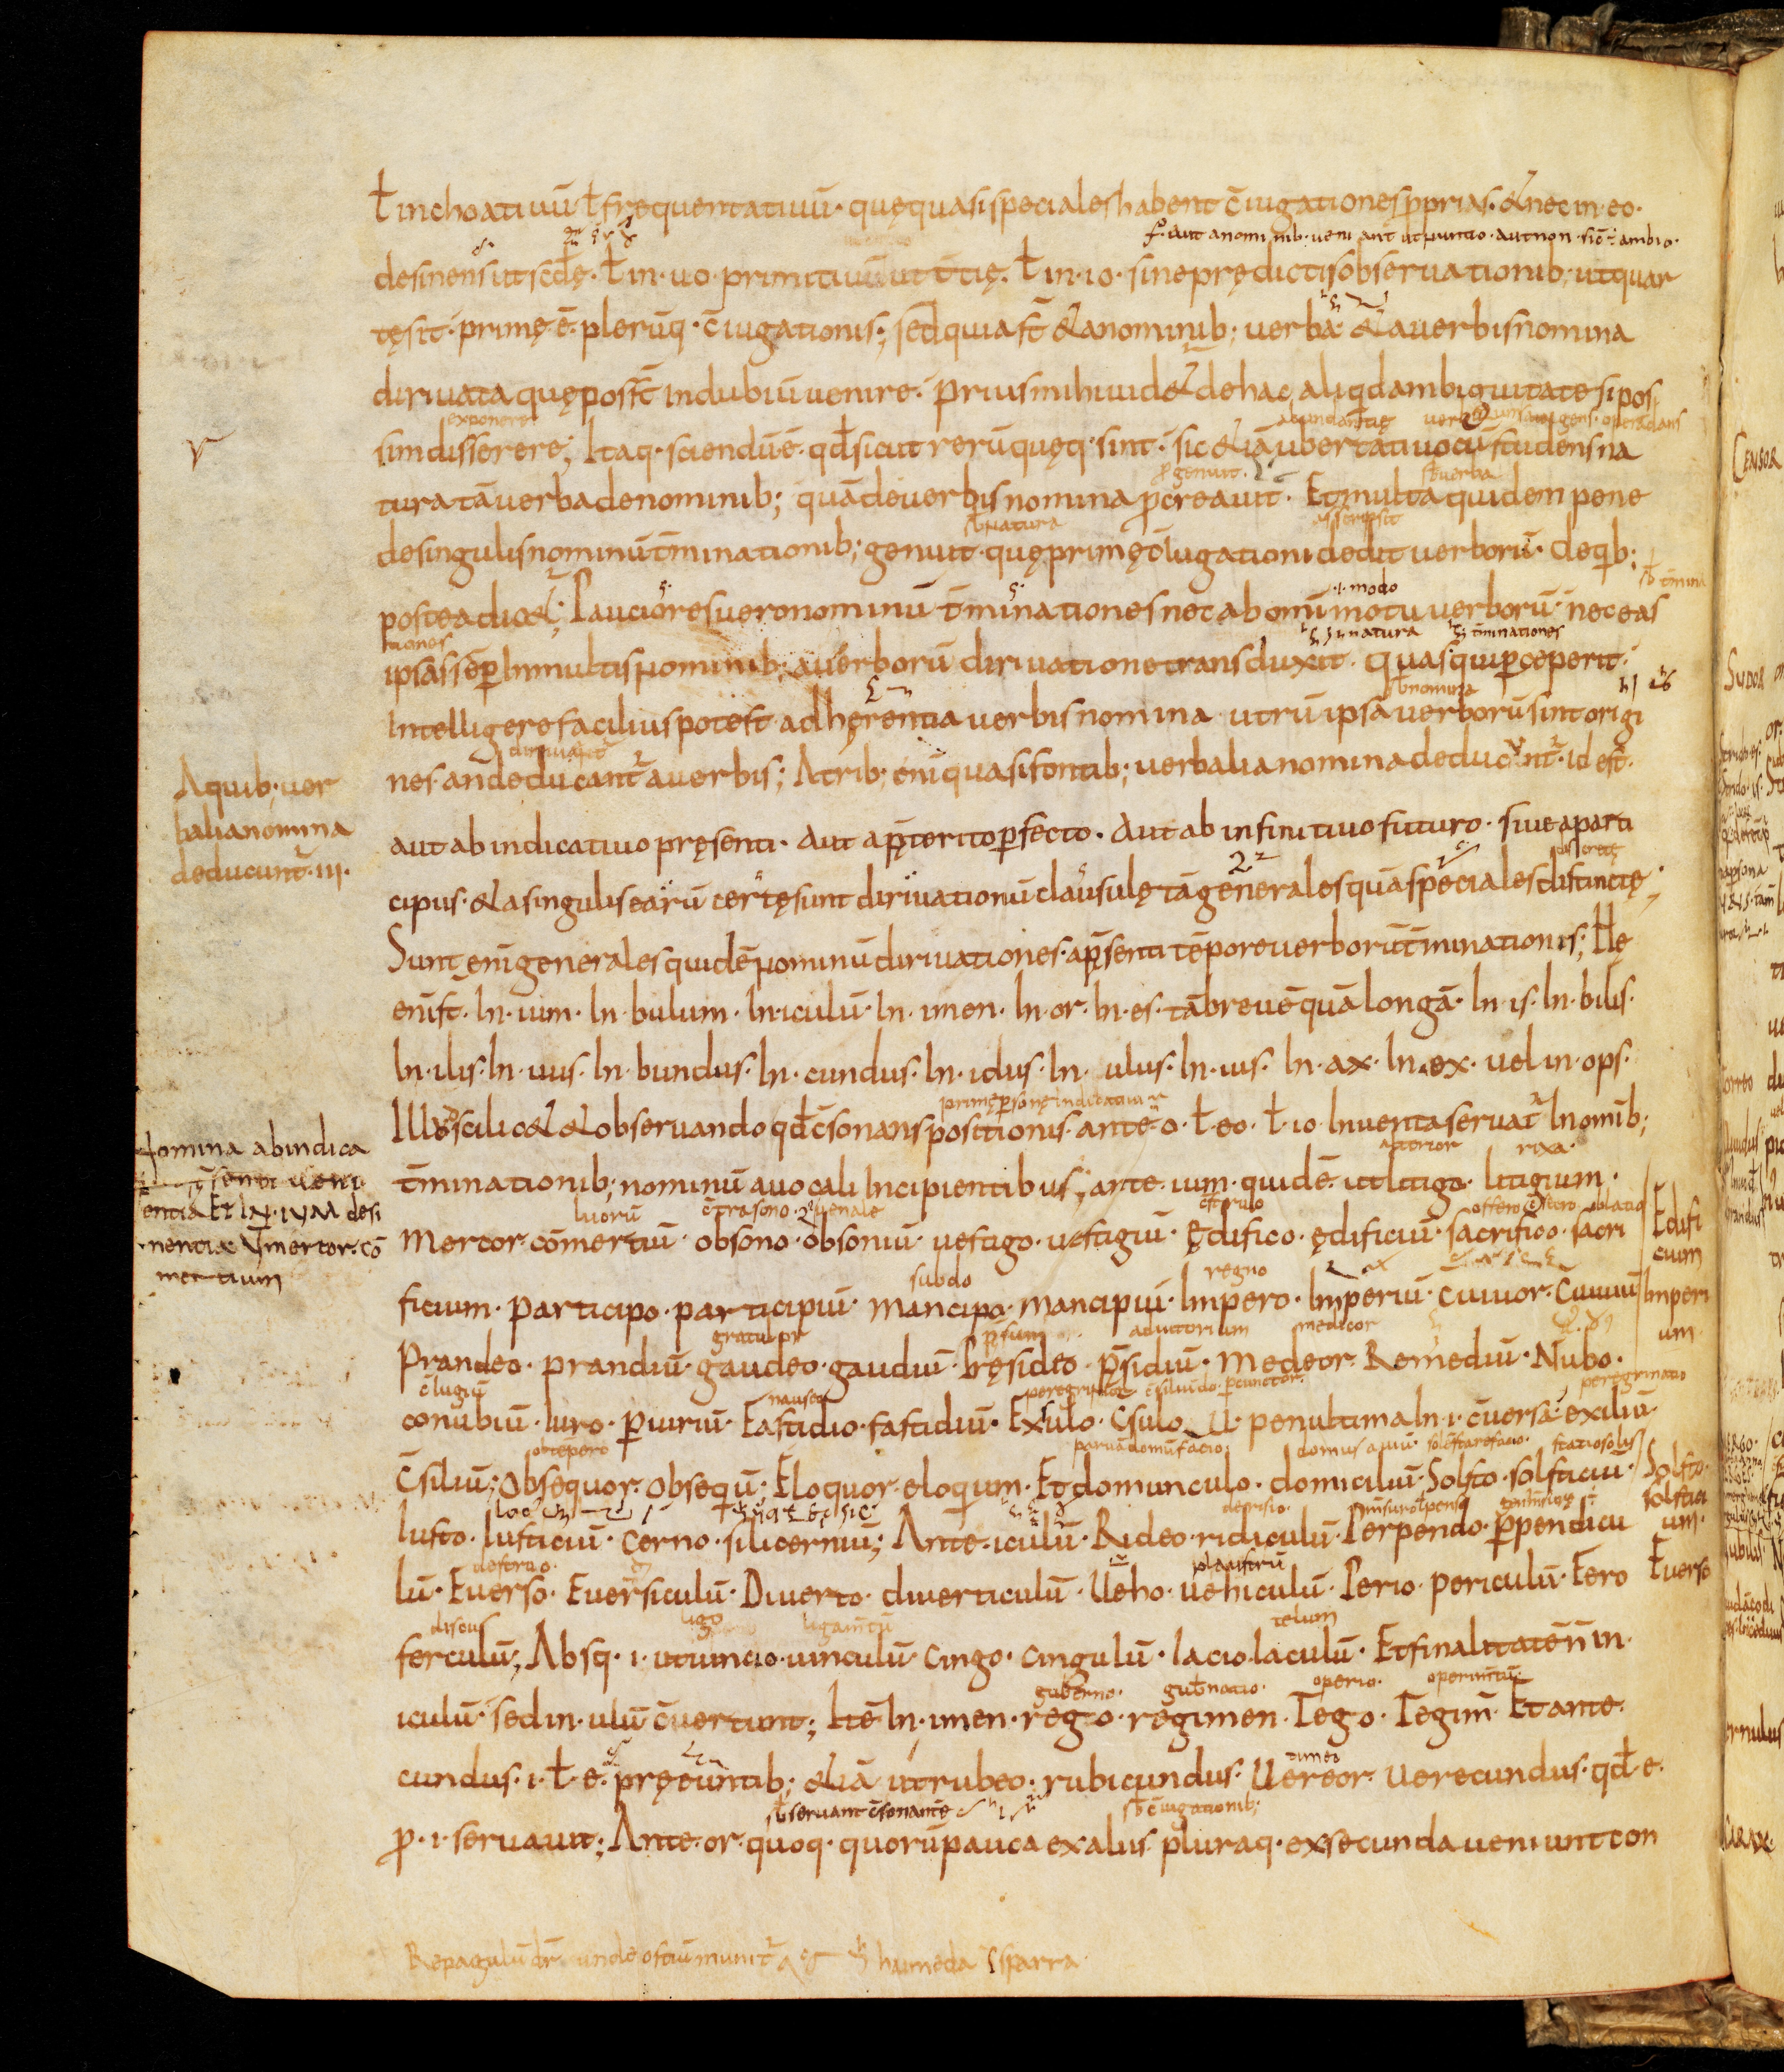
Shelfmark: Bamberg, Staatsbibliothek, MS Class. 30
Century: 9